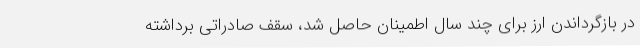
در بازگرداندن ارز برای چند سال اطمینان حاصل شد، سقف صادراتی برداشته